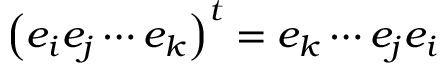
\left( e _ { i } e _ { j } \cdots e _ { k } \right) ^ { t } = e _ { k } \cdots e _ { j } e _ { i }